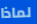
لماذا